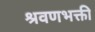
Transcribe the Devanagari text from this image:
श्रवणभक्ती